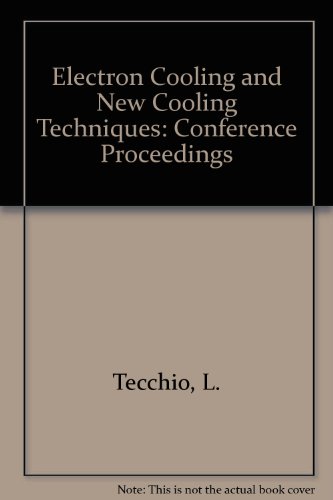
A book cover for Proceedings of the Workshop on Electron Cooling and New Cooling Techniques: Laboratori Nazionali Di Legnaro, Legnaro, Padova-Italy 15-17 May, 1990; R. Calabrese; Science & Math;